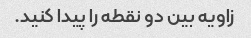
زاویه بین دو نقطه را پیدا کنید.